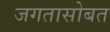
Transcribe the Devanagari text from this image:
जगतासोबत